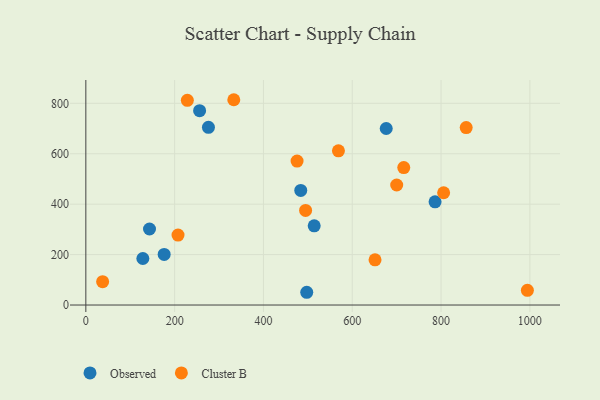
{"axis": {"x": "Experience", "y": "Sales"}, "legend": ["Cluster B", "Observed"], "data": [{"x": "276.1", "y": 704.9, "type": "Observed"}, {"x": "256.2", "y": 770.8, "type": "Observed"}, {"x": "484.0", "y": 454.4, "type": "Observed"}, {"x": "676.5", "y": 700.1, "type": "Observed"}, {"x": "176.4", "y": 200.6, "type": "Observed"}, {"x": "128.4", "y": 184.5, "type": "Observed"}, {"x": "143.4", "y": 301.6, "type": "Observed"}, {"x": "514.3", "y": 314.3, "type": "Observed"}, {"x": "497.5", "y": 50.6, "type": "Observed"}, {"x": "786.5", "y": 409.3, "type": "Observed"}, {"x": "568.9", "y": 611.7, "type": "Cluster B"}, {"x": "228.6", "y": 811.9, "type": "Cluster B"}, {"x": "994.4", "y": 58.4, "type": "Cluster B"}, {"x": "716.0", "y": 545.3, "type": "Cluster B"}, {"x": "805.8", "y": 445.2, "type": "Cluster B"}, {"x": "494.9", "y": 375.1, "type": "Cluster B"}, {"x": "856.6", "y": 703.8, "type": "Cluster B"}, {"x": "651.3", "y": 179.1, "type": "Cluster B"}, {"x": "37.8", "y": 92.6, "type": "Cluster B"}, {"x": "333.2", "y": 814.2, "type": "Cluster B"}, {"x": "475.7", "y": 571.0, "type": "Cluster B"}, {"x": "207.6", "y": 277.3, "type": "Cluster B"}, {"x": "700.1", "y": 476.1, "type": "Cluster B"}]}